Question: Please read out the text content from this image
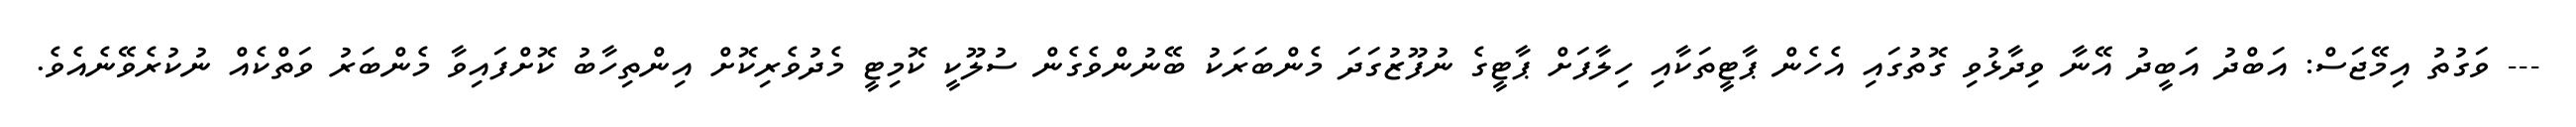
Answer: --- ވަގުތު އިމޭޖަސް: އަބްދު އަބީދު އޭނާ ވިދާޅުވި ގޮތުގައި އެހެން ޕާޓީތަކާއި ހިލާފަށް ޕާޓީގެ ނުފޫޒުގަދަ މެންބަރަކު ބޭނުންވެގެން ސުލޫކީ ކޮމިޓީ މެދުވެރިކޮށް އިންތިހާބު ކޮށްފައިވާ މެންބަރު ވަތްކެއް ނުކުރެވޭނެއެވެ.